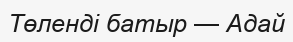
Төленді батыр — Адай